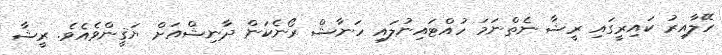
ހޭލާއިރު ކައިރީގައި ރީޝާ ނެތްނަމަ ހުއްޓައިނުލައި ހަނާޝް ރޯނެކަން ދާނިޝްއަށް ޔަޤީންވެއެވެ. ރީޝާ